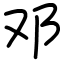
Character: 邓